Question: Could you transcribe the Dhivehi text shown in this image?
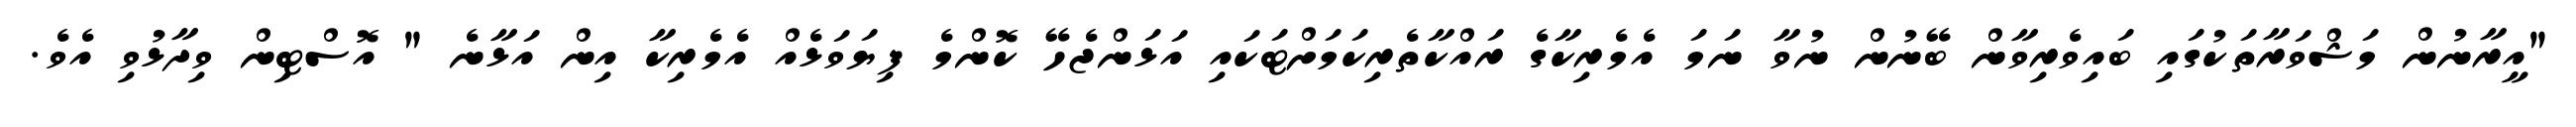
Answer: "އީރާނުން މަޝްވަރާތަކުގައި ބައިވެރިވާން ބޭނުން ނުވާ ނަމަ އެމެރިކާގެ ރައްކާތެރިކަމަށްޓަކައި އަޅަންޖެހޭ ކޮންމެ ފިޔަވަޅެއް އެމެރިކާ އިން އަޅާނެ " އޮސްޓިން ވިދާޅުވި އެވެ.